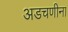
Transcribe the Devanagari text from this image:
अडचणीना